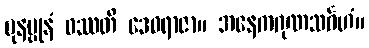
ပုနပ္ပုနံ ဝဿတိ ဒေဝရာဇာ။ အနေကဂုဏသင်္ဂဟံ။